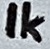
Text: 1K